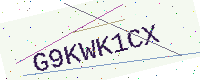
Text: G9KWK1CX